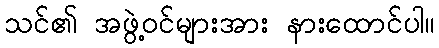
သင်၏ အဖွဲ့ဝင်များအား နားထောင်ပါ။